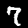
Digit: 7